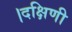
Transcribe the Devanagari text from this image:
।दक्षिणी